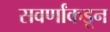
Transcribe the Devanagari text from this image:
सवर्णांकडून